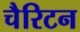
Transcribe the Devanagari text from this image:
चैरिटन